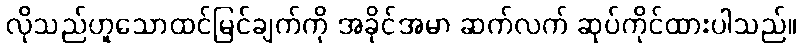
လိုသည်ဟူသောထင်မြင်ချက်ကို အခိုင်အမာ ဆက်လက် ဆုပ်ကိုင်ထားပါသည်။